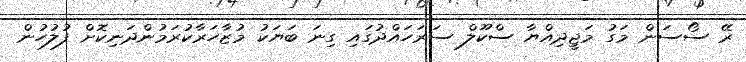
ރޭ ސޯސަން މަގު މަޖީދިއްޔާ ސްކޫލް ސަރަހައްދުގައި ގިނަ ބަޔަކު މުޒާހަރާކުރަމުންދަނިކޮށް ފުލުހުން